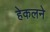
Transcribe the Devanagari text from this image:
हेकलने